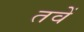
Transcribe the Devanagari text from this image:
तवें